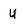
Character: U